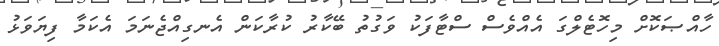
ހާއްޞަކޮށް މިހޮޓެލްގަ އެއްވެސް ސްޓާފަކު ވަގުތު ބޭކާރު ކުރާކަން އެނގިއްޖެނަމަ އެކަމާ ފިޔަވަޅު